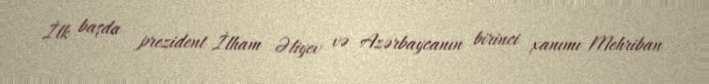
İlk başda prezident İlham Əliyev və Azərbaycanın birinci xanımı Mehriban